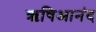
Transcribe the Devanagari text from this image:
ऋषिआनंद